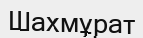
Шахмұрат